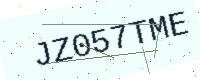
Text: JZ057TME